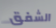
الشفق